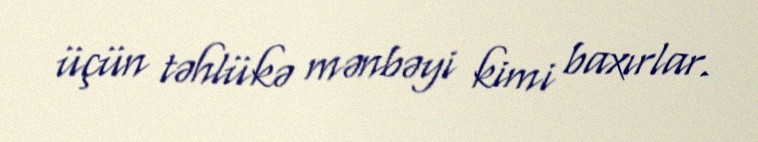
üçün təhlükə mənbəyi kimi baxırlar.